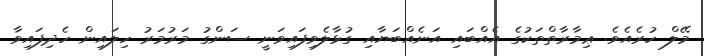
މޭލް ހުރެއެވެ. ޢިމާރާތްތަކުގެ އެއްބައި އަނެއްބަޔާއި ގުޅާލެވިފައިވަނީ ސަންގު މަރުމަރު ހިލައިން ހެދިފައިވާ